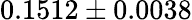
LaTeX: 0.1512\pm 0.0038